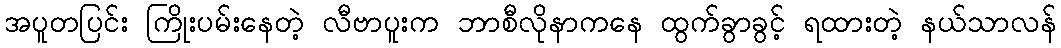
အပူတပြင်း ကြိုးပမ်းနေတဲ့ လီဗာပူးက ဘာစီလိုနာကနေ ထွက်ခွာခွင့် ရထားတဲ့ နယ်သာလန်